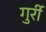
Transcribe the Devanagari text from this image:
गुर्री